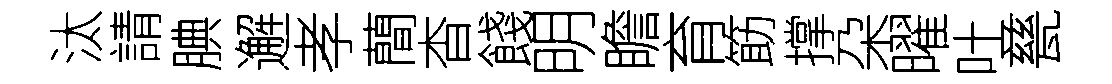
汰請腆邂孝蕳杳餞明瞻育筯撑朶曜吐甆